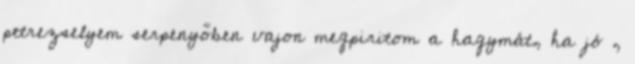
petrezselyem serpenyőben vajon megpiritom a hagymát, ha jó ,